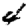
Digit: 4